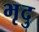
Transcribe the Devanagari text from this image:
भृदु